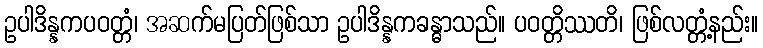
ဥပါဒိန္နကပဝတ္တံ၊ အဆက်မပြတ်ဖြစ်သာ ဥပါဒိန္နကခန္ဓာသည်။ ပဝတ္တိဿတိ၊ ဖြစ်လတ္တံ့နည်း။